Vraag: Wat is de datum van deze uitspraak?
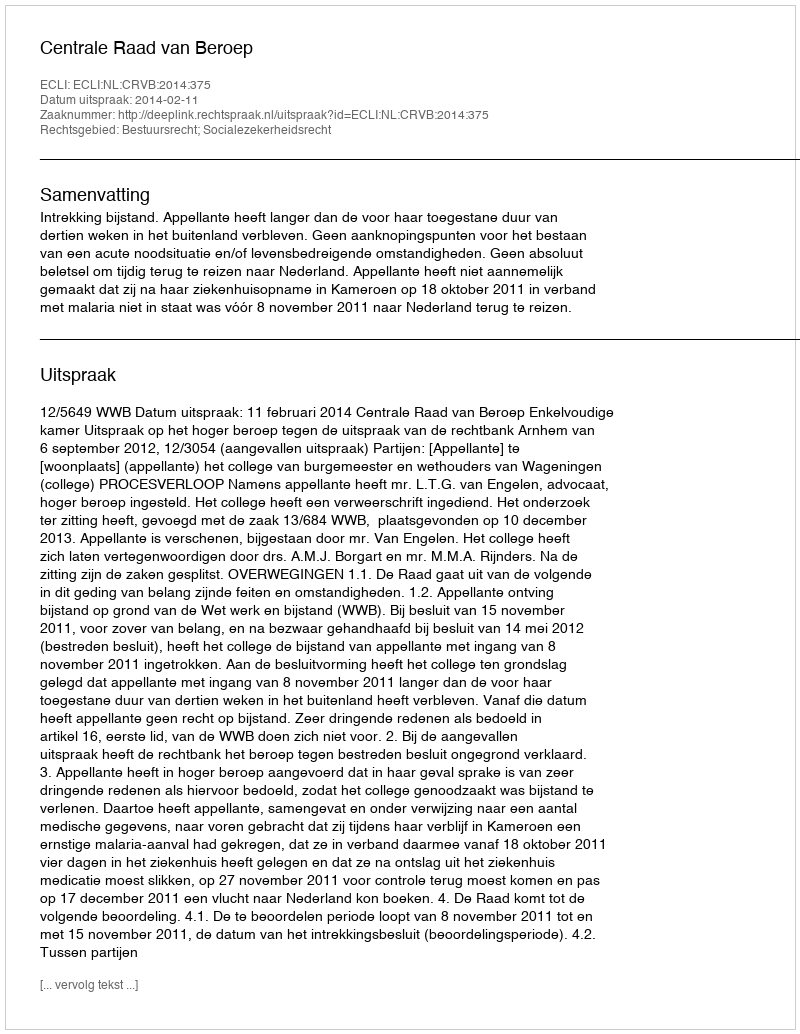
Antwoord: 2014-02-11